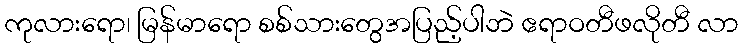
ကုလားရော၊ မြန်မာရော စစ်သားတွေအပြည့်ပါဘဲ ဧရာဝတီဖလိုတီ လာ